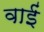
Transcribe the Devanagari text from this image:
वाईं